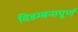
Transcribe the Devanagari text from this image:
विडम्बनापूर्ण